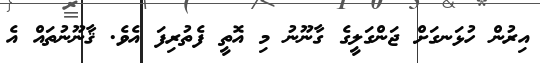
އިރުން ހުޅަނގަށް ޖަންގަލީގެ ގާނޫނު މި އޮތީ ފެތުރިފަ އެވެ. ޤާނޫނުތައް އެ